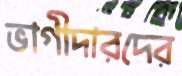
ভাগীদারদের